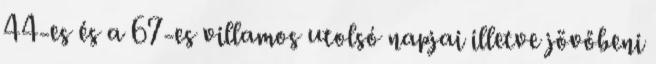
44-es és a 67-es villamos utolsó napjai illetve jövőbeni